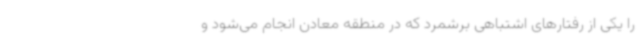
را یکی از رفتارهای اشتباهی برشمرد که در منطقه معادن انجام می‌شود و